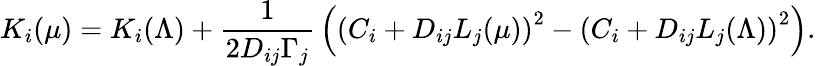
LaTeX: K_{i}(\mu)=K_{i}(\Lambda)+\displaystyle{\frac{1}{2D_{ij}\Gamma_{j}}}\left(\left(C_{i}+D_{ij}L_{j}(\mu)\right)^{2}-\left(C_{i}+D_{ij}L_{j}(\Lambda)\right)^{2}\right).